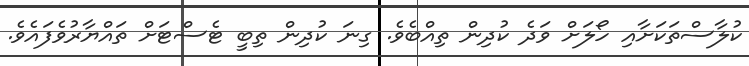
ކުލާސްތަކަށާއި ހޯލަށް ވަދެ ކުދިން ތިއްބެވެ. ގިނަ ކުދިން ތިބީ ޓެސްޓަށް ތައްޔާރުވެފައެވެ.